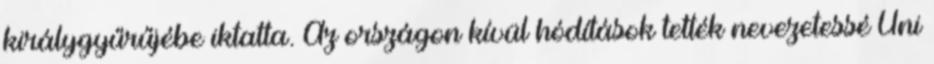
királygyűrűjébe iktatta. Az országon kívül hódítások tették nevezetessé Uni